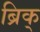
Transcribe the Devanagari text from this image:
ब्रिक्